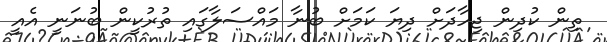
ތިން ކުދިން ޖިހާދަށް ދިޔަ ކަމަށް ބުނާ މައްސަލާގައި ތުރުކީން ބުނަނީ އެއީ